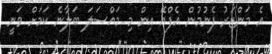
އެ މަންޒަރު ފެނުމުން އެފްއޭ އިން މި މައްސަލަ ބަލާނެ ކަމަށް ވަނީ